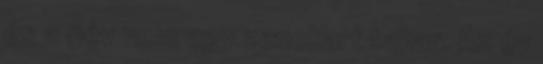
és a név nem egy zenekart takar. Az év